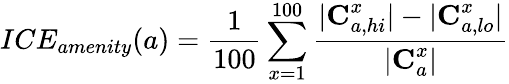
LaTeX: ICE_{amenity}(a)=\frac{1}{100}\sum_{x=1}^{100}\frac{|\textbf{C}_{a,hi}^{x}|-|\textbf{C}_{a,lo}^{x}|}{|\textbf{C}_{a}^{x}|}